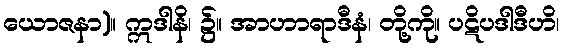
ယောဇနာ)။ ဣဒါနိ၊ ၌။ အာဟာရာဒီနံ၊ တို့ကို။ ပဋိပဒါဒီဟိ၊